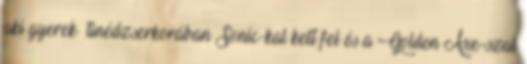
aki gyerek tinédzserkorában Sonic-kal kelt fel és a Golden Axe-szal